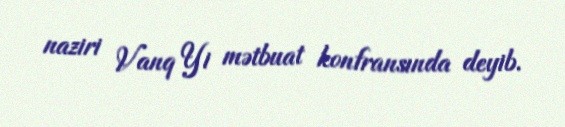
naziri Vanq Yi mətbuat konfransında deyib.